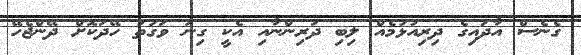
ގެނެސް އާދައިގެ ދިރިއުޅުމެއް ލިބި ދަރިންނާއި އެކީ ގިނަ ވަގުތު ހޭދަކޮށް ދޭންޖެހޭ